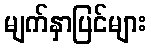
မျက်နှာပြင်များ